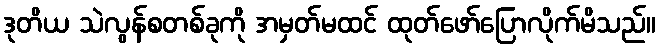
ဒုတိယ သဲလွန်စတစ်ခုကို အမှတ်မထင် ထုတ်ဖော်ပြောလိုက်မိသည်။